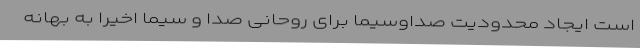
است ایجاد محدودیت صداوسیما برای روحانی صدا و سیما اخیرا به بهانه